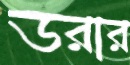
ডরার